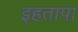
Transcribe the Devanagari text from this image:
इहतापा